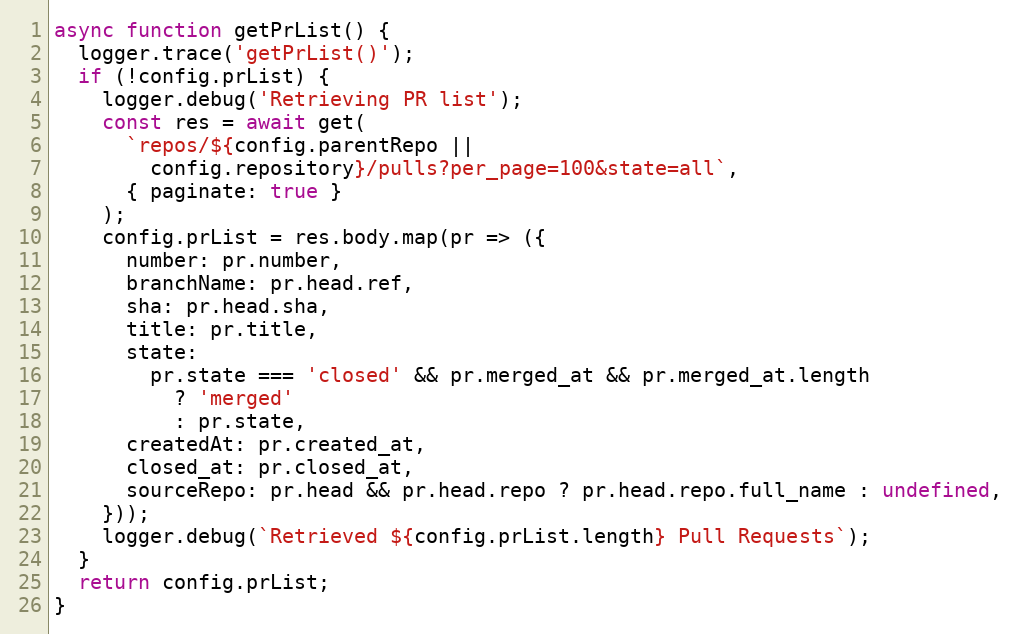
Language: JavaScript
async function getPrList() {
  logger.trace('getPrList()');
  if (!config.prList) {
    logger.debug('Retrieving PR list');
    const res = await get(
      `repos/${config.parentRepo ||
        config.repository}/pulls?per_page=100&state=all`,
      { paginate: true }
    );
    config.prList = res.body.map(pr => ({
      number: pr.number,
      branchName: pr.head.ref,
      sha: pr.head.sha,
      title: pr.title,
      state:
        pr.state === 'closed' && pr.merged_at && pr.merged_at.length
          ? 'merged'
          : pr.state,
      createdAt: pr.created_at,
      closed_at: pr.closed_at,
      sourceRepo: pr.head && pr.head.repo ? pr.head.repo.full_name : undefined,
    }));
    logger.debug(`Retrieved ${config.prList.length} Pull Requests`);
  }
  return config.prList;
}